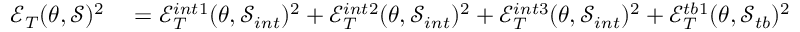
\begin{array} { r l } { \mathcal { E } _ { T } ( \theta , \mathcal { S } ) ^ { 2 } } & { { } = \mathcal { E } _ { T } ^ { i n t 1 } ( \theta , \mathcal { S } _ { i n t } ) ^ { 2 } + \mathcal { E } _ { T } ^ { i n t 2 } ( \theta , \mathcal { S } _ { i n t } ) ^ { 2 } + \mathcal { E } _ { T } ^ { i n t 3 } ( \theta , \mathcal { S } _ { i n t } ) ^ { 2 } + \mathcal { E } _ { T } ^ { t b 1 } ( \theta , \mathcal { S } _ { t b } ) ^ { 2 } } \end{array}